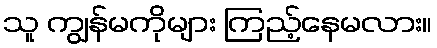
သူ ကျွန်မကိုများ ကြည့်နေမလား။